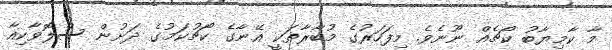
މާ ކާމިޔާބު ކޯޗެއް ނޫނެވެ. މިފަހަރުގެ މުބާރާތަކީ އޭނާގެ ކޯޗުކަމުގެ ދަށުން ސްލޮވާކިއާ